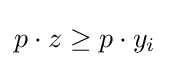
p\cdot z\geq p\cdot y_{i}